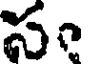
సం